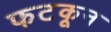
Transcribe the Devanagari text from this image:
फटकून